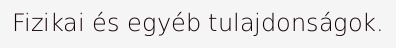
Fizikai és egyéb tulajdonságok.